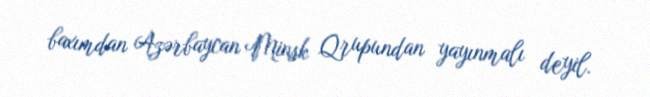
baxımdan Azərbaycan Minsk Qrupundan yayınmalı deyil.